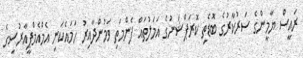
ރައީސް ޔާމީންގެ ސަރުކާރުގެ ބޮޑެތި ކޮރަޕްޝަނުގެ އަމަލުތައް ފެންމަތި ވަމުންދާއިރު ހަމައެކަނި އެމްއެމްޕީއާރުސީގެ